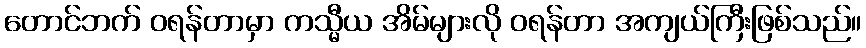
တောင်ဘက် ဝရန်တာမှာ ကသ္မီယ အိမ်များလို ဝရန်တာ အကျယ်ကြီးဖြစ်သည်။